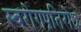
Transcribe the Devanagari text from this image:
स्वरोगप्रतिरोध